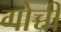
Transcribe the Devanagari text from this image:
गोच्ची